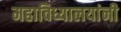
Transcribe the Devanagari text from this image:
महाविध्यालयांनी